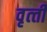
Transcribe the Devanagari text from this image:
वृत्‍ती